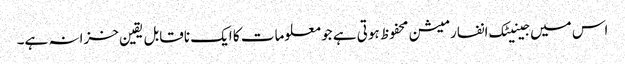
اس میں جینیٹک انفارمیشن محفوظ ہوتی ہے جو معلومات کا ایک ناقابل یقین خزانہ ہے۔